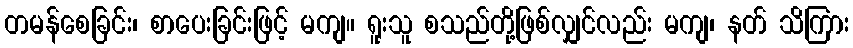
တမန်စေခြင်း၊ စာပေးခြင်းဖြင့် မကျ။ ရူးသူ စသည်တို့ဖြစ်လျှင်လည်း မကျ၊ နတ် သိကြား